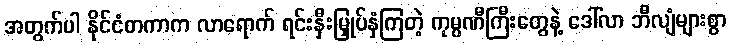
အတွက်ပါ နိုင်ငံတကာက လာရောက် ရင်းနှီးမြှုပ်နှံကြတဲ့ ကုမ္ပဏီကြီးတွေနဲ့ ဒေါ်လာ ဘီလျံများစွာ